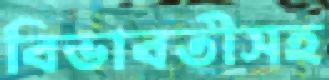
বিভাবতীসহ